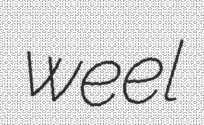
weel